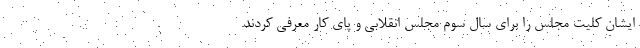
ایشان کلیت مجلس را برای سال سوم مجلس انقلابی و پای کار معرفی کردند